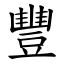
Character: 豐